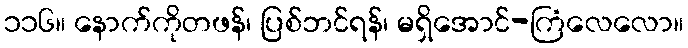
၁၁၆။ နောက်ကိုတဖန်၊ ပြစ်ဘင်ရန်၊ မရှိအောင်-ကြံလေလော။